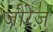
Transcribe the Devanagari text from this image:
जौरेज़